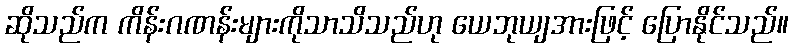
ဆိုသည်က ကိန်းဂဏန်းများကိုသာသိသည်ဟု ယေဘုယျအားဖြင့် ပြောနိုင်သည်။